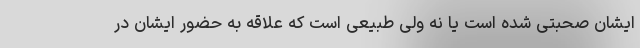
ایشان صحبتی شده است یا نه ولی طبیعی است که علاقه به حضور ایشان در